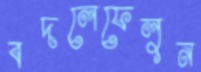
বদলেফেলুন